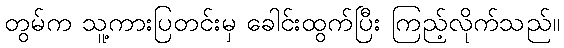
တွမ်က သူ့ကားပြတင်းမှ ခေါင်းထွက်ပြီး ကြည့်လိုက်သည်။